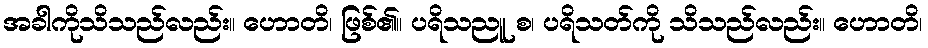
အခါကိုသိသည်လည်း။ ဟောတိ၊ ဖြစ်၏။ ပရိသညူ စ၊ ပရိသတ်ကို သိသည်လည်း။ ဟောတိ၊